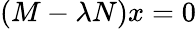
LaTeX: (M-\lambda N)x=0